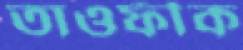
তাওফীক